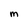
Character: m